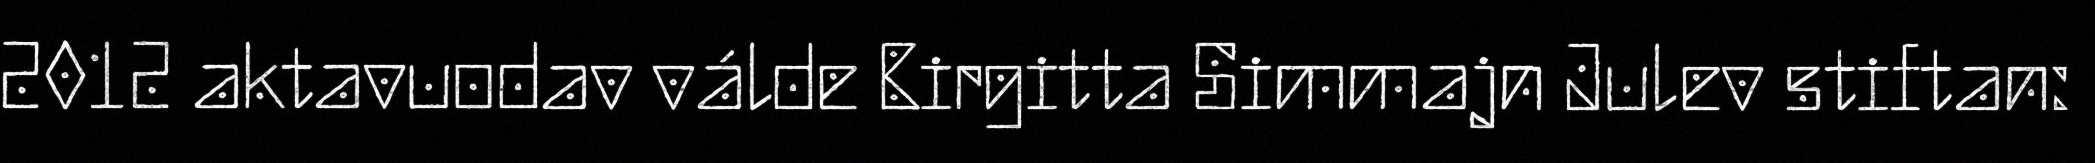
2012 aktavuodav válde Birgitta Simmajn Julev stiftan: